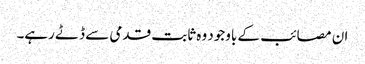
ان مصائب کے باوجود وہ ثابت قدمی سے ڈٹے رہے۔